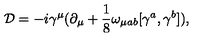
{ \cal D } = - i { \gamma } ^ { \mu } ( { \partial } _ { \mu } + \frac { 1 } { 8 } { \omega } _ { { \mu } a b } [ { \gamma } ^ { a } , { \gamma } ^ { b } ] ) ,